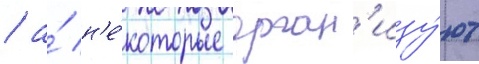
/ а́ н'е́которые орган'изу́ют